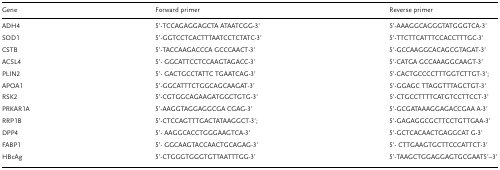
<table><thead><tr><td><b>Gene</b></td><td><b>Forward primer</b></td><td><b>Reverse primer</b></td></tr></thead><tbody><tr><td>ADH4</td><td>5’‐TCCAGAGGAGCTA ATAATCGG‐3’</td><td>5’‐AAAGGCAGGGTATGGGTCA‐3’</td></tr><tr><td>SOD1</td><td>5’‐GGTCCTCACTTTAATCCTCTATC‐3’</td><td>5’‐TTCTTCATTTCCACCTTTGC‐3’</td></tr><tr><td>CSTB</td><td>5’‐TACCAAGACCCA GCCCAACT‐3’</td><td>5’‐GCCAAGGCACAGCGTAGAT‐3’</td></tr><tr><td>ACSL4</td><td>5’‐ GGCATTCCTCCAAGTAGACC‐3’</td><td>5’‐CATGA GCCAAAGGCAAGT‐3’</td></tr><tr><td>PLIN2</td><td>5’‐ GACTGCCTATTC TGAATCAG‐3’</td><td>5’‐CACTGCCCCTTTGGTCTTGT‐3’;</td></tr><tr><td>APOA1</td><td>5’‐GGCATTTCTGGCAGCAAGAT‐3’</td><td>5’‐GGAGC TTAGGTTTAGCTGT‐3’</td></tr><tr><td>RSK2</td><td>5’‐CGTGGCAGAAGATGGCTGTG‐3’</td><td>5’‐CTGCCTTTTCATGTCCTTCCT‐3’</td></tr><tr><td>PRKAR1A</td><td>5’‐AAGGTAGGAGGCGA CGAG‐3’</td><td>5’‐GCGATAAAGGAGACCGAA A‐3’</td></tr><tr><td>RRP1B</td><td>5’‐CTCCAGTTTGACTATAAGGCT‐3’;</td><td>5’‐GAGAGGCGCTTCCTGTTGAA‐3’</td></tr><tr><td>DPP4</td><td>5’‐ AAGGCACCTGGGAAGTCA‐3’</td><td>5’‐GCTCACAACTGAGGCAT G‐3’</td></tr><tr><td>FABP1</td><td>5’‐ GGCAAGTACCAACTGCAGAG‐3’</td><td>5’‐ CTTGAAGTGCTTCCCATTCT‐3’</td></tr><tr><td>HBcAg</td><td>5’‐CTGGGTGGGTGTTAATTTGG‐3’</td><td>5’‐TAAGCTGGAGGAGTGCGAAT5’–3’</td></tr></tbody></table>